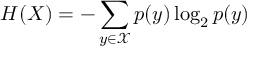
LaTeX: H ( X ) = - \sum _ { y \in { \mathcal { X } } } p ( y ) \log _ { 2 } p ( y )